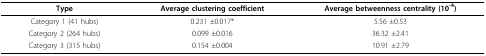
<table><thead><tr><td><b>Type</b></td><td><b>Average clustering coefficient</b></td><td><b>Average betweenness centrality (10<sup>-4</sup>)</b></td></tr></thead><tbody><tr><td>Category 1 (41 hubs)</td><td>0.231 ±0.017*</td><td>5.56 ±0.53</td></tr><tr><td>Category 2 (264 hubs)</td><td>0.099 ±0.016</td><td>36.32 ±2.41</td></tr><tr><td>Category 3 (315 hubs)</td><td>0.154 ±0.004</td><td>10.91 ±2.79</td></tr></tbody></table>